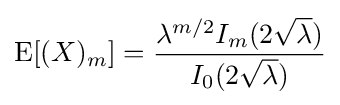
\operatorname {E} [(X)_{m}]={\frac {\lambda ^{m/2}I_{m}(2{\sqrt {\lambda }})}{I_{0}(2{\sqrt {\lambda }})}}